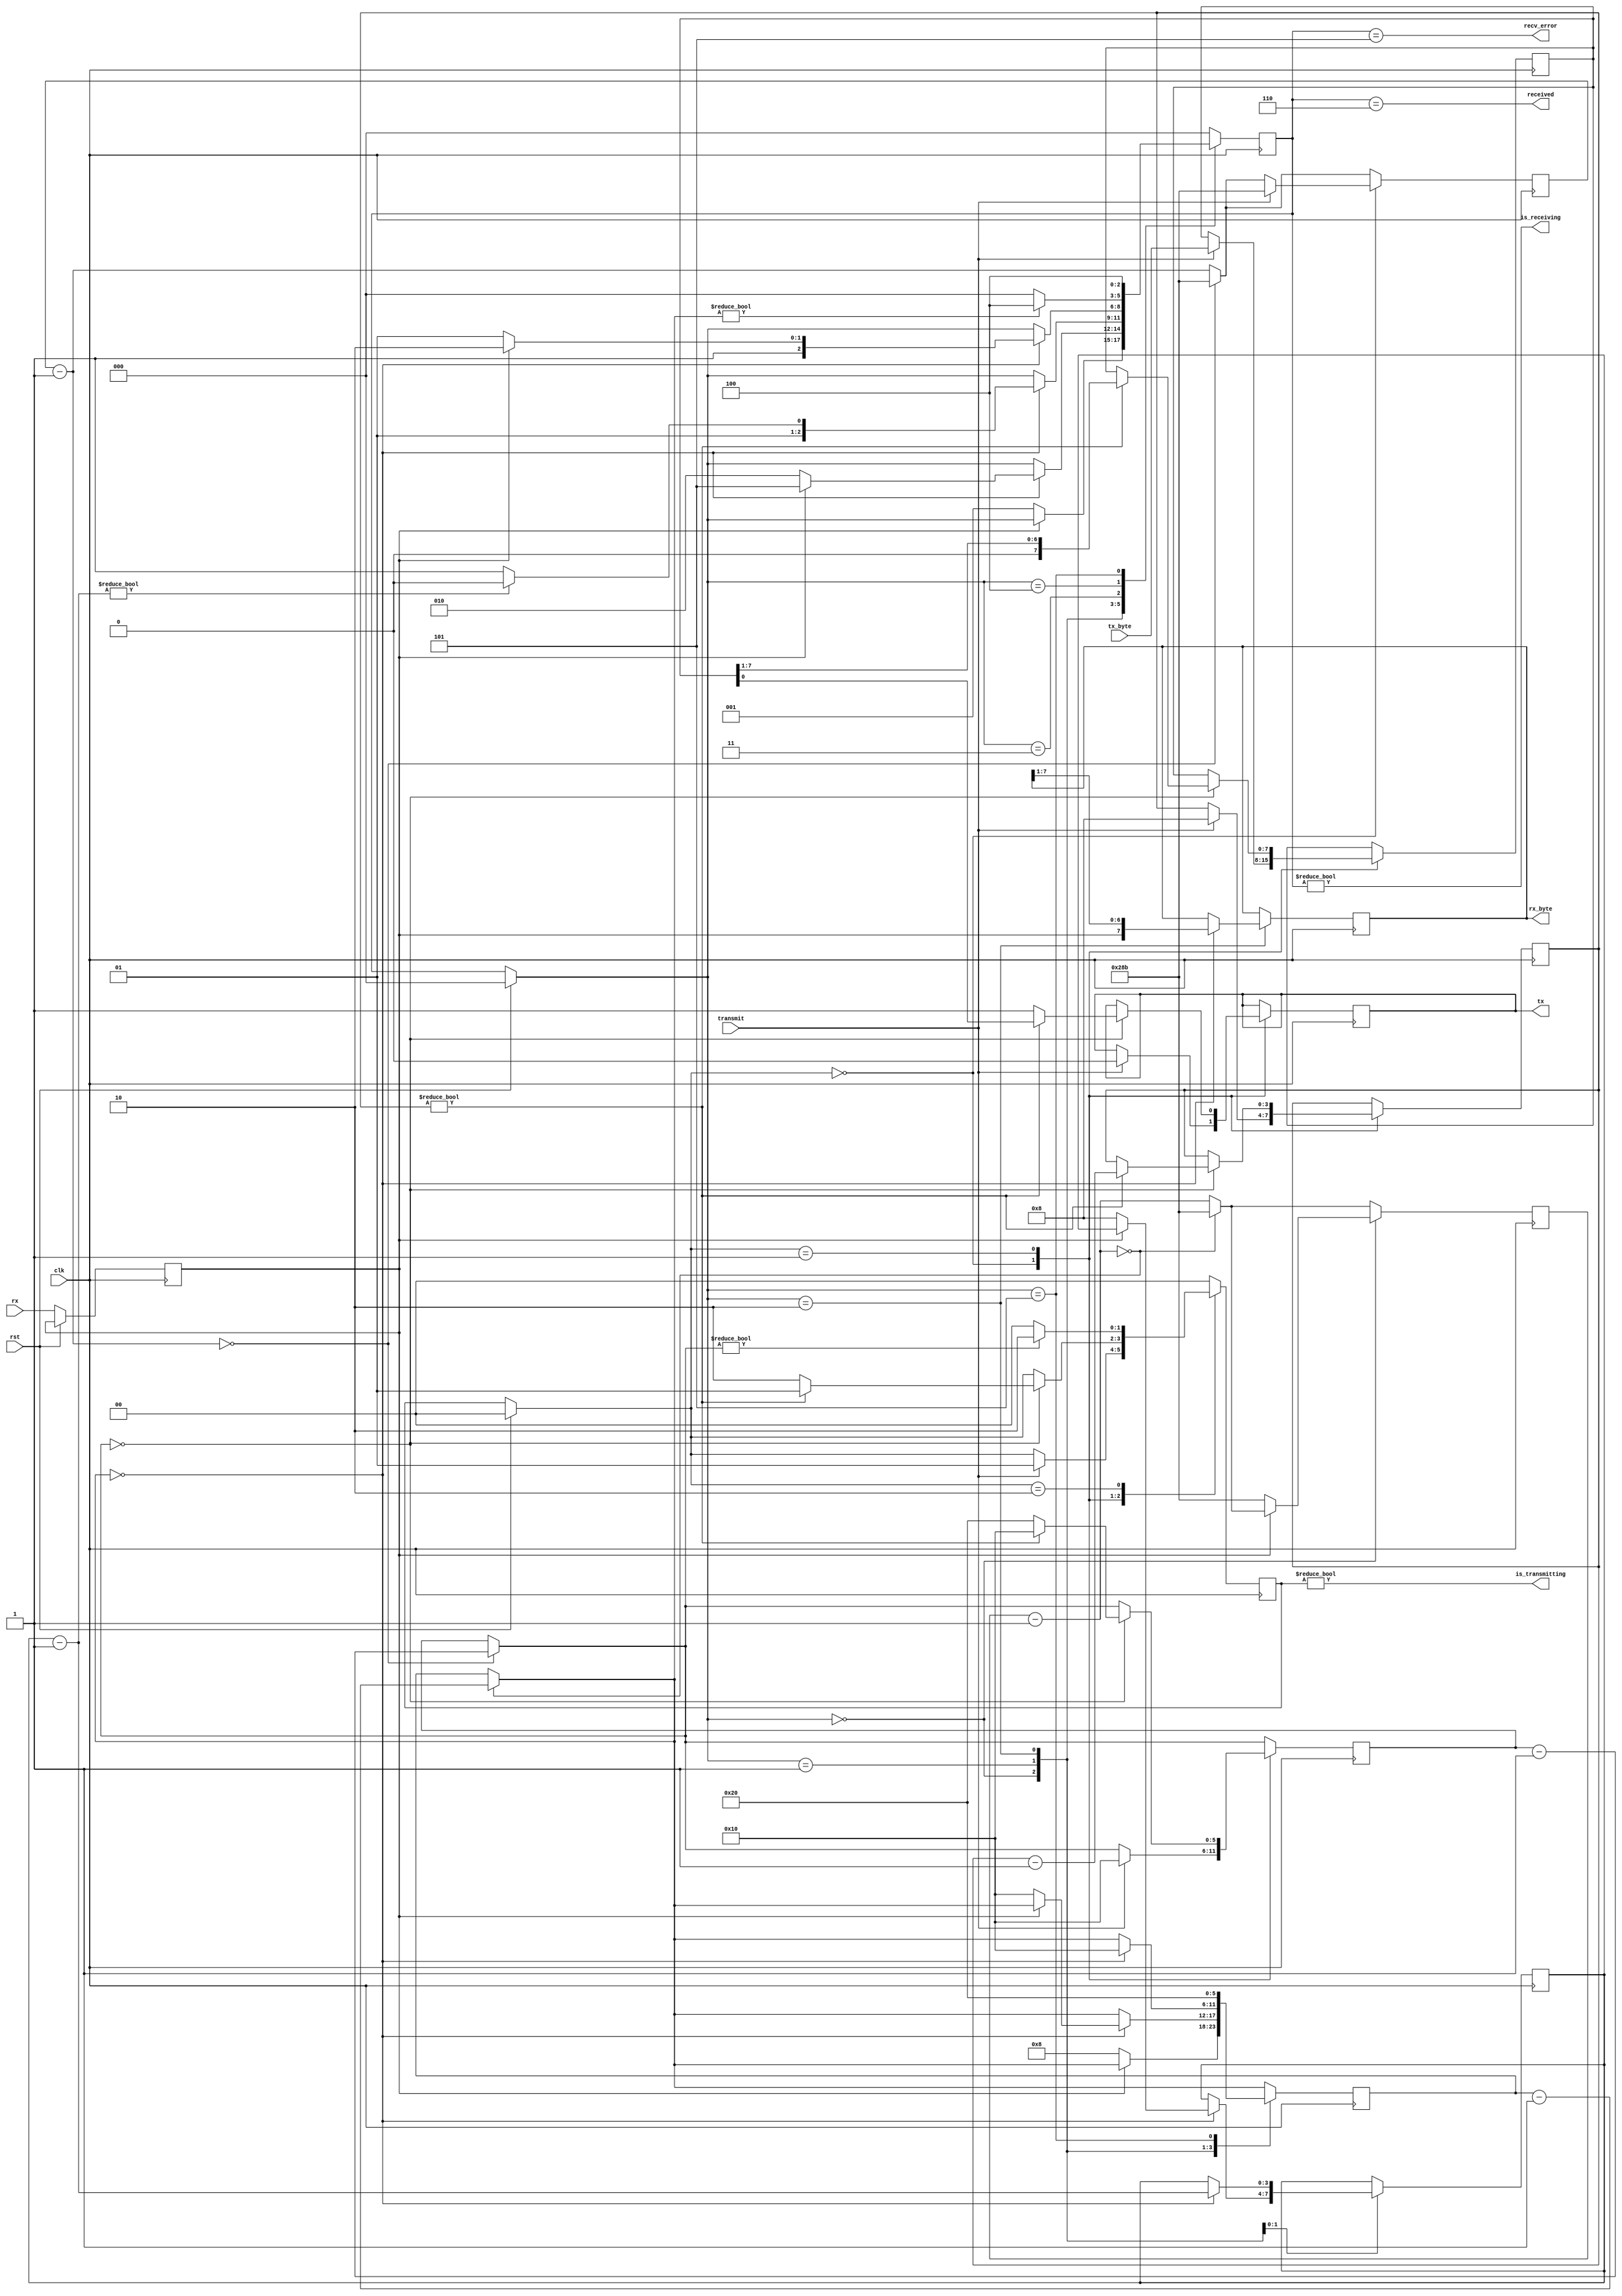
`timescale 1ns / 1ps
// Documented Verilog UART
// Copyright (C) 2010 Timothy Goddard (tim@goddard.net.nz)
// Distributed under the MIT licence.
//
// ---------------------------------------------------------------------------
//  Modified by Chun-Jen Tsai on 10/13/2018.
//  The input line rx is synchronized to the system clock by
//  passing the rx through a double-register chain.
// ---------------------------------------------------------------------------
//
// Permission is hereby granted, free of charge, to any person obtaining a copy
// of this software and associated documentation files (the "Software"), to deal
// in the Software without restriction, including without limitation the rights
// to use, copy, modify, merge, publish, distribute, sublicense, and/or sell
// copies of the Software, and to permit persons to whom the Software is
// furnished to do so, subject to the following conditions:
// 
// The above copyright notice and this permission notice shall be included in
// all copies or substantial portions of the Software.
// 
// THE SOFTWARE IS PROVIDED "AS IS", WITHOUT WARRANTY OF ANY KIND, EXPRESS OR
// IMPLIED, INCLUDING BUT NOT LIMITED TO THE WARRANTIES OF MERCHANTABILITY,
// FITNESS FOR A PARTICULAR PURPOSE AND NONINFRINGEMENT. IN NO EVENT SHALL THE
// AUTHORS OR COPYRIGHT HOLDERS BE LIABLE FOR ANY CLAIM, DAMAGES OR OTHER
// LIABILITY, WHETHER IN AN ACTION OF CONTRACT, TORT OR OTHERWISE, ARISING FROM,
// OUT OF OR IN CONNECTION WITH THE SOFTWARE OR THE USE OR OTHER DEALINGS IN
// THE SOFTWARE.
// 

module uart(
    input clk, // The master clock for this module
    input rst, // Synchronous reset.
    input rx,  // Incoming serial line
    output tx, // Outgoing serial line
    input transmit,         // Signal to transmit
    input [7:0] tx_byte,    // Byte to transmit
    output received,        // Indicated that a byte has been received.
    output [7:0] rx_byte,   // Byte received
    output is_receiving,    // Low when receive line is idle.
    output is_transmitting, // Low when transmit line is idle.
    output recv_error       // Indicates error in receiving packet.
    );

parameter CLOCK_DIVIDE = 651; // clock rate (100Mhz) / (baud rate (9600) * 16)

// States for the receiving state machine.
// These are just constants, not parameters to override.
parameter RX_IDLE = 0;
parameter RX_CHECK_START = 1;
parameter RX_READ_BITS = 2;
parameter RX_CHECK_STOP = 3;
parameter RX_DELAY_RESTART = 4;
parameter RX_ERROR = 5;
parameter RX_RECEIVED = 6;

// States for the transmitting state machine.
// Constants - do not override.
parameter TX_IDLE = 0;
parameter TX_SENDING = 1;
parameter TX_DELAY_RESTART = 2;

reg [10:0] rx_clk_divider = CLOCK_DIVIDE;
reg [10:0] tx_clk_divider = CLOCK_DIVIDE;

reg       rx_ff;
reg [2:0] recv_state = RX_IDLE;
reg [5:0] rx_countdown;
reg [3:0] rx_bits_remaining;
reg [7:0] rx_data;

reg tx_out = 1;
reg [1:0] tx_state = TX_IDLE;
reg [5:0] tx_countdown;
reg [3:0] tx_bits_remaining;
reg [7:0] tx_data;

assign received = (recv_state == RX_RECEIVED);
assign recv_error = (recv_state == RX_ERROR);
assign is_receiving = (recv_state != RX_IDLE);
assign rx_byte = rx_data;

assign tx = tx_out;
assign is_transmitting = tx_state != TX_IDLE;

always @(posedge clk) begin
  if (rst) begin
    recv_state = RX_IDLE;
    tx_state = TX_IDLE;
  end
  else begin
    // Use a flip-flop to recondition-and-delay the rx input edges
    // to sync to the FPGA system clock edges
    rx_ff <= rx;
  end

  // The clk_divider counter counts down from the CLOCK_DIVIDE constant.
  // Whenever it reaches 0, 1/16 of the bit period has elapsed. Countdown
  // timers for the receiving and transmitting state machines are decremented.
  rx_clk_divider = rx_clk_divider - 1;
  if (!rx_clk_divider) begin
    rx_clk_divider = CLOCK_DIVIDE;
    rx_countdown = rx_countdown - 1;
  end
  tx_clk_divider = tx_clk_divider - 1;
  if (!tx_clk_divider) begin
    tx_clk_divider = CLOCK_DIVIDE;
    tx_countdown = tx_countdown - 1;
  end

  // Receive state machine
  case (recv_state)
    RX_IDLE: begin
      // A low pulse on the receive line indicates the start of data.
      if (!rx_ff) begin
        // Wait half the period - should resume
        // in the middle of this first pulse.
        rx_clk_divider = CLOCK_DIVIDE;
        rx_countdown = 8;
        recv_state = RX_CHECK_START;
      end
    end

    RX_CHECK_START: begin
      if (!rx_countdown) begin
        // Check the pulse is still there
        if (!rx_ff) begin
          // Pulse still there - good
          // Wait the bit period to resume half-way through the first bit.
          rx_countdown = 16;
          rx_bits_remaining = 8;
          recv_state = RX_READ_BITS;
        end else begin
          // Pulse lasted less than half the period -
          // not a valid transmission.
          recv_state = RX_ERROR;
        end
      end
    end

    RX_READ_BITS: begin
      if (!rx_countdown) begin
        // Should be half-way through a bit pulse here.
        // Read this bit in, wait for the next if we have more to get.
        rx_data = {rx_ff, rx_data[7:1]};
        rx_countdown = 16;
        rx_bits_remaining = rx_bits_remaining - 1;
        recv_state = rx_bits_remaining ? RX_READ_BITS : RX_CHECK_STOP;
      end
    end

    RX_CHECK_STOP: begin
      if (!rx_countdown) begin
        // Should resume half-way through the stop bit. This should
        // be high - if not, reject the transmission and signal an error.
        recv_state = rx_ff ? RX_RECEIVED : RX_ERROR;
      end
    end

    RX_DELAY_RESTART: begin
      // Waits a set number of cycles before accepting another transmission.
      recv_state = rx_countdown ? RX_DELAY_RESTART : RX_IDLE;
    end

    RX_ERROR: begin
      // There was an error receiving.
      // Raises the recv_error flag for one clock cycle while in this state
      // and then waits 2 bit periods before accepting another transmission.
      rx_countdown = 32;
      recv_state = RX_DELAY_RESTART;
    end

    RX_RECEIVED: begin
      // Successfully received a byte.
      // Raises the received flag for one clock cycle while in this state.
      recv_state = RX_IDLE;
    end

    default: recv_state = RX_IDLE;
  endcase

  // Transmit state machine
  case (tx_state)
    TX_IDLE: begin
      if (transmit) begin
        // If the transmit flag is raised in the idle
        // state, start transmitting the current content of the tx_byte input.
        tx_data = tx_byte;
        // Send the initial, low pulse of 1 bit period
        // to signal the start, followed by the data
        tx_clk_divider = CLOCK_DIVIDE;
        tx_countdown = 16;
        tx_out = 0;
        tx_bits_remaining = 8;
        tx_state = TX_SENDING;
      end
    end

    TX_SENDING: begin
      if (!tx_countdown) begin
        if (tx_bits_remaining) begin
          tx_bits_remaining = tx_bits_remaining - 1;
          tx_out = tx_data[0];
          tx_data = {1'b0, tx_data[7:1]};
          tx_countdown = 16;
          tx_state = TX_SENDING;
        end else begin
          // Set delay to send out 2 stop bits.
          tx_out = 1;
          tx_countdown = 32;
          tx_state = TX_DELAY_RESTART;
        end
      end
    end

    TX_DELAY_RESTART: begin
      // Wait until tx_countdown reaches the end before
      // we send another transmission. This covers the "stop bit" delay.
      tx_state = tx_countdown ? TX_DELAY_RESTART : TX_IDLE;
    end

    default: tx_state = TX_IDLE;
  endcase
end

endmodule